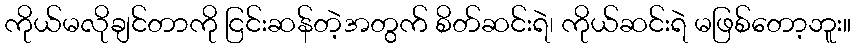
ကိုယ်မလိုချင်တာကို ငြင်းဆန်တဲ့အတွက် စိတ်ဆင်းရဲ၊ ကိုယ်ဆင်းရဲ မဖြစ်တော့ဘူး။